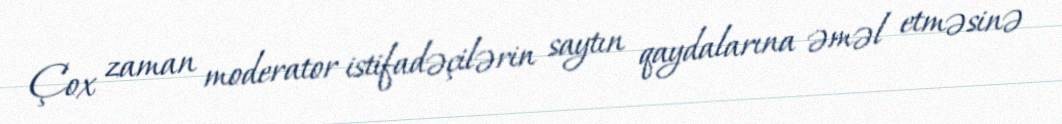
Çox zaman moderator istifadəçilərin saytın qaydalarına əməl etməsinə